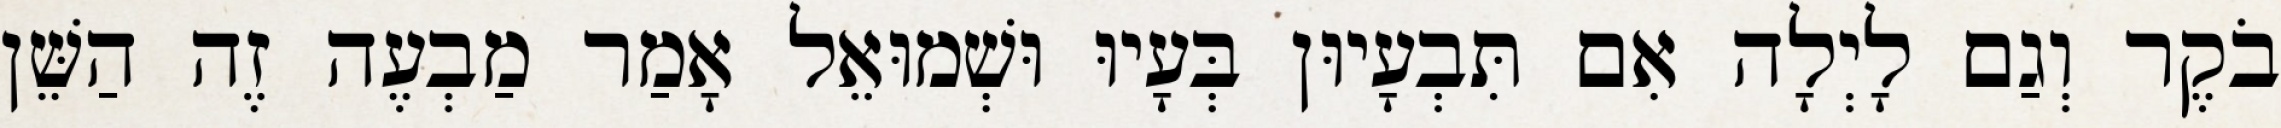
בֹקֶר וְגַם לָיְלָה אִם תִּבְעָיוּן בְּעָיוּ וּשְׁמוּאֵל אָמַר מַבְעֶה זֶה הַשֵּׁן